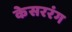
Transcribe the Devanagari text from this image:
केसररंग